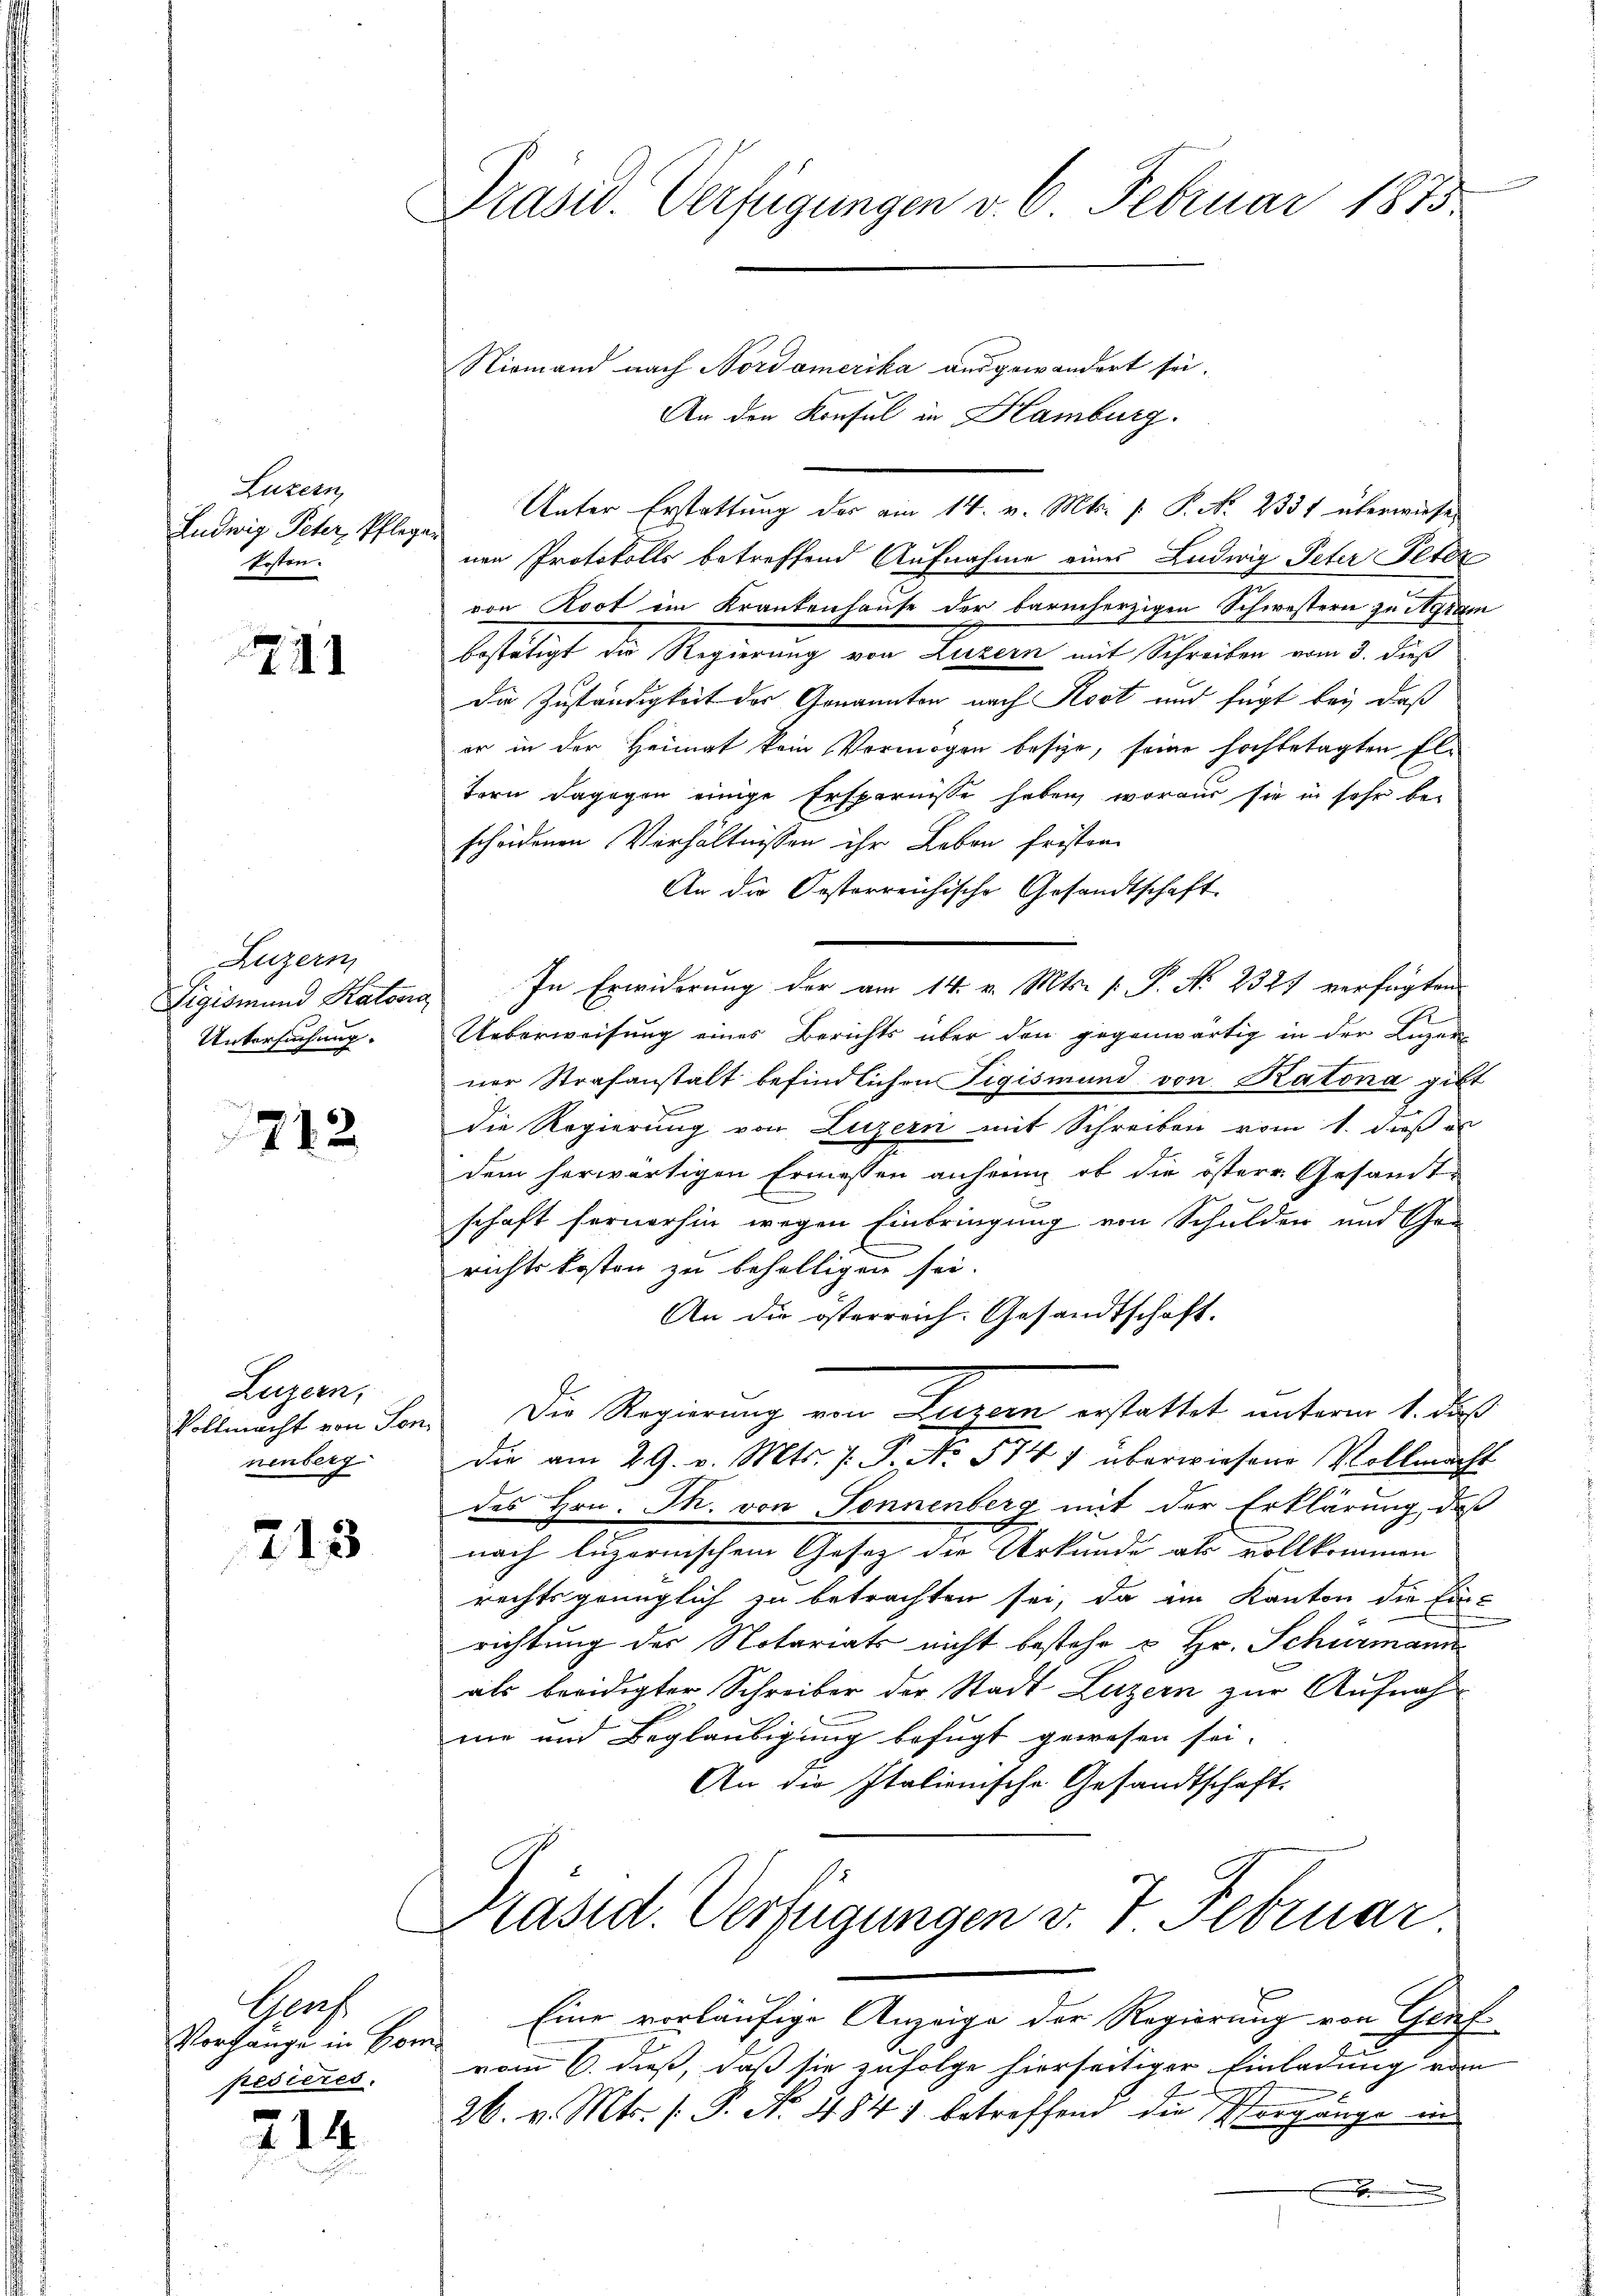
Luzern,
Ludwig Peter, Pflegen
Posten.

11

Luzern
Sigismund Kalona
Untersuchung.

712

Luzern,
Vollmacht von Sonnenberg

213

Graf
Vorhange in Bom
pedieres.

214

Präsid. Verfügungen v. 6. Februar 1875

(

Niemand nach Nordamerika ausgewandert sei.
An den Konsul in Hamburg.
Unter Erstattung der am 14. v. Mts. f. P. No. 2331 überwiesen
nen Protokolls betreffend Aufnahme eines Ludwig Peter Peter
von Root im Krankenhause der barmherzigen Schwestern zu Agram
bestätigt die Regierung von Luzern mit Schreiben vom 3. dieß
die Zuständigkeit der Genannten nach Rost und fügt bei, daß
er in der Heimat kein Vermögen besize, seine hochbetagten Ele
tern dagegen einige Erspernisse haben, woraus sie in sehr be-
scheidenen Verhältnissen ihr Leben fristen
An die Oesterreichische Gesandtschaft
In Erwiderung der am 14. v. Mts. [ P. No 2327 verfügten
Ueberweisung eines Berichts über den gegenwärtig in der Ligen
ner Strafanstalt befindlichen Tigismund von Katona gibt
die Regierung von Luzern mit Schreiben vom 1. dieß es
dem herwärtigen Ermessen anheinig, ob die österr. Gesamt-
schaft fernerhin wegen Einbringung von Schulden und Gra
richtskosten zu behelligen sei.
An die österreich. Gesandtschaft.
Die Regierung von Luzern erstattet unterm 1. daß
die am 29. v. Mts. J. P. No 574 7 überwiesene Vollmacht
des Hrn. Th. von Sonnenberg mit der Erklärung, daß
nach luzernischem Gesetz die Urkunde als vollkommen
rechtsgrünglich zu betrachten sei, da im Kanton die Einrichtung der Notariats nicht bestehe u. Hr. Schürmann
als beeidigter Schreiber der Stadt Luzern zur Aufnahme und Beglaubigung befugt gewesen sei.
An die Italienische Gesandtschaft.
Präsid. Verfügungen v. 7. Februar
Eine vorläufige Anzeige der Regierung von Genf
vom 6. dieß, daß sie zufolge hierseitiger Einladung von
26. v. Mts. s. P. No 4841 betreffend die Vorgänge in
xx